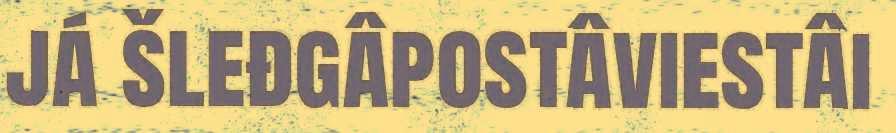
já šleđgâpostâviestâi